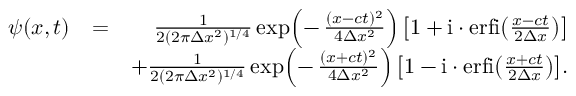
\begin{array} { r l r } { \psi ( x , t ) } & { = } & { \frac { 1 } { 2 ( 2 \pi \Delta x ^ { 2 } ) ^ { 1 / 4 } } \exp \! \left( - \, \frac { ( x - c t ) ^ { 2 } } { 4 \Delta x ^ { 2 } } \right) \left[ 1 + \mathrm { i } \cdot \mathrm { e r f i } \! \left( \frac { x - c t } { 2 \Delta x } \right) \right] } \\ & { } & { + \frac { 1 } { 2 ( 2 \pi \Delta x ^ { 2 } ) ^ { 1 / 4 } } \exp \! \left( - \, \frac { ( x + c t ) ^ { 2 } } { 4 \Delta x ^ { 2 } } \right) \left[ 1 - \mathrm { i } \cdot \mathrm { e r f i } \! \left( \frac { x + c t } { 2 \Delta x } \right) \right] \! . } \end{array}